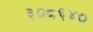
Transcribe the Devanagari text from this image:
३०८६४०